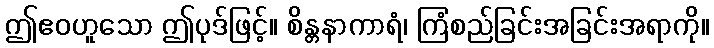
ဤဧဝဟူသော ဤပုဒ်ဖြင့်။ စိန္တနာကာရံ၊ ကြံစည်ခြင်းအခြင်းအရာကို။